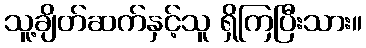
သူ့ချိတ်ဆက်နှင့်သူ ရှိကြပြီးသား။